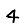
Digit: 4